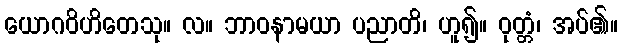
ယောဂဝိဟိတေသု။ လ။ ဘာဝနာမယာ ပညာတိ၊ ဟူ၍။ ဝုတ္တံ၊ အပ်၏။